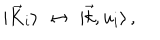
\vert { \vec { K } } _ { i } \rangle \, \, \leftrightarrow \, \, \vert \vec { k } , u _ { i } \rangle \, ,